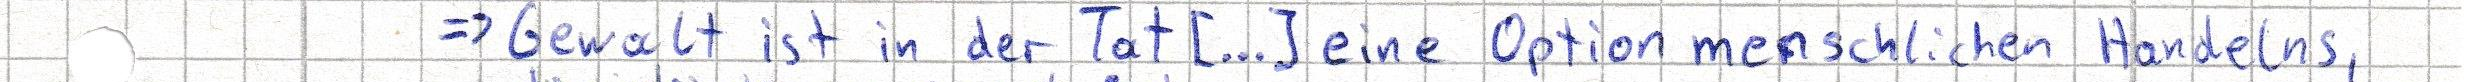
=> Gewalt ist in der Tat [...] eine Option menschlichen Handelns,